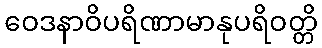
ဝေဒနာဝိပရိဏာမာနုပရိဝတ္တိ